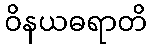
ဝိနယဓရာတိ